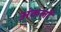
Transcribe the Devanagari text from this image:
अंकलों